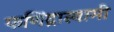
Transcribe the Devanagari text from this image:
फणिंद्रास्वामी